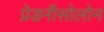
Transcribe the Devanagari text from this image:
प्रेडनीसोलोन